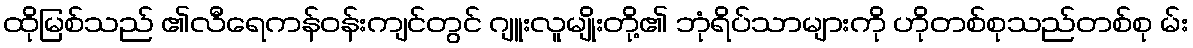
ထိုမြစ်သည် ၏လီရေကန်ဝန်းကျင်တွင် ဂျူးလူမျိုးတို့၏ ဘုံရိပ်သာများကို ဟိုတစ်စုသည်တစ်စု မ်း